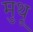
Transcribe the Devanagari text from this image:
मुथू